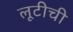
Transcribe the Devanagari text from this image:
लूटीची